Indian Medical Review
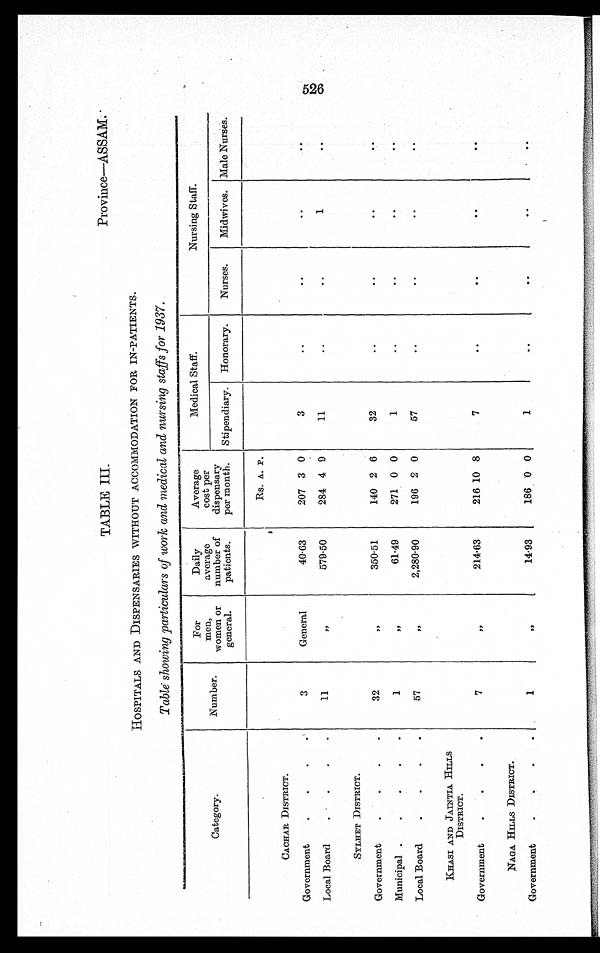
TABLE III.
Province—ASSAM.
HOSPITALS AND DISPENSARIES WITHOUT ACCOMMODATION FOR IN-PATIENTS.
Table showing particulars of work and medical and nursing staffs for 1937.
Category.
Number.
For
men,
women or
general.
Daily
average
number of
patients.
Average
cost per
dispensary
per month.
Medical Staff.
Nursing Staff.
Stipendiary. Honorary.
Nurses.
Midwives. Male Nurses.
CACHAR DISTRICT.
3
General
40.63
Rs. A. P.
3
..
..
..
..
Government
.
.
.
.
207 3 0
Local Board
.
.
.
.
11
„
579.50
284 4 9
11
..
..
1
..
SYLHET DISTRICT.
32
,,
350.51
140 2 6
32
..
..
..
..
Government
.
.
.
.
Municipal .
.
.
.
.
1
„
61.49
271 0 0
1
..
..
..
..
Local Board
.
.
.
.
57
„
2,280.90
196 2 0
57
..
..
..
..
KHASI AND JAINTIA HILLS
DISTRICT.
7
„
214.63
216 10 8
7
..
..
. .
..
Government
.
.
.
.
NAGA HILLS DISTRICT.
Government
.
.
.
.
1
„
14.93
186 0 0
1
..
• •
• •
..
526